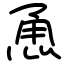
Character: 恿